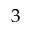
3